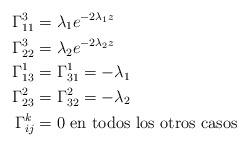
LaTeX: \begin{align*}\Gamma_{11}^3&=\lambda_1 e^{-2\lambda_1 z}\\\Gamma_{22}^3&=\lambda_2 e^{-2\lambda_2 z}\\\Gamma_{13}^1&=\Gamma_{31}^1=-\lambda_1\\\Gamma_{23}^2&=\Gamma_{32}^2=-\lambda_2\\\Gamma_{ij}^k&=0 \hbox{ en todos los otros casos}\end{align*}